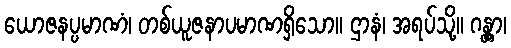
ယောဇနပ္ပမာဏံ၊ တစ်ယူဇနာပမာဏရှိသော။ ဌာနံ၊ အရပ်သို့။ ဂန္တွာ၊